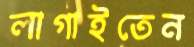
লাগাইতেন